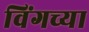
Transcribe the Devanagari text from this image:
विंगच्या